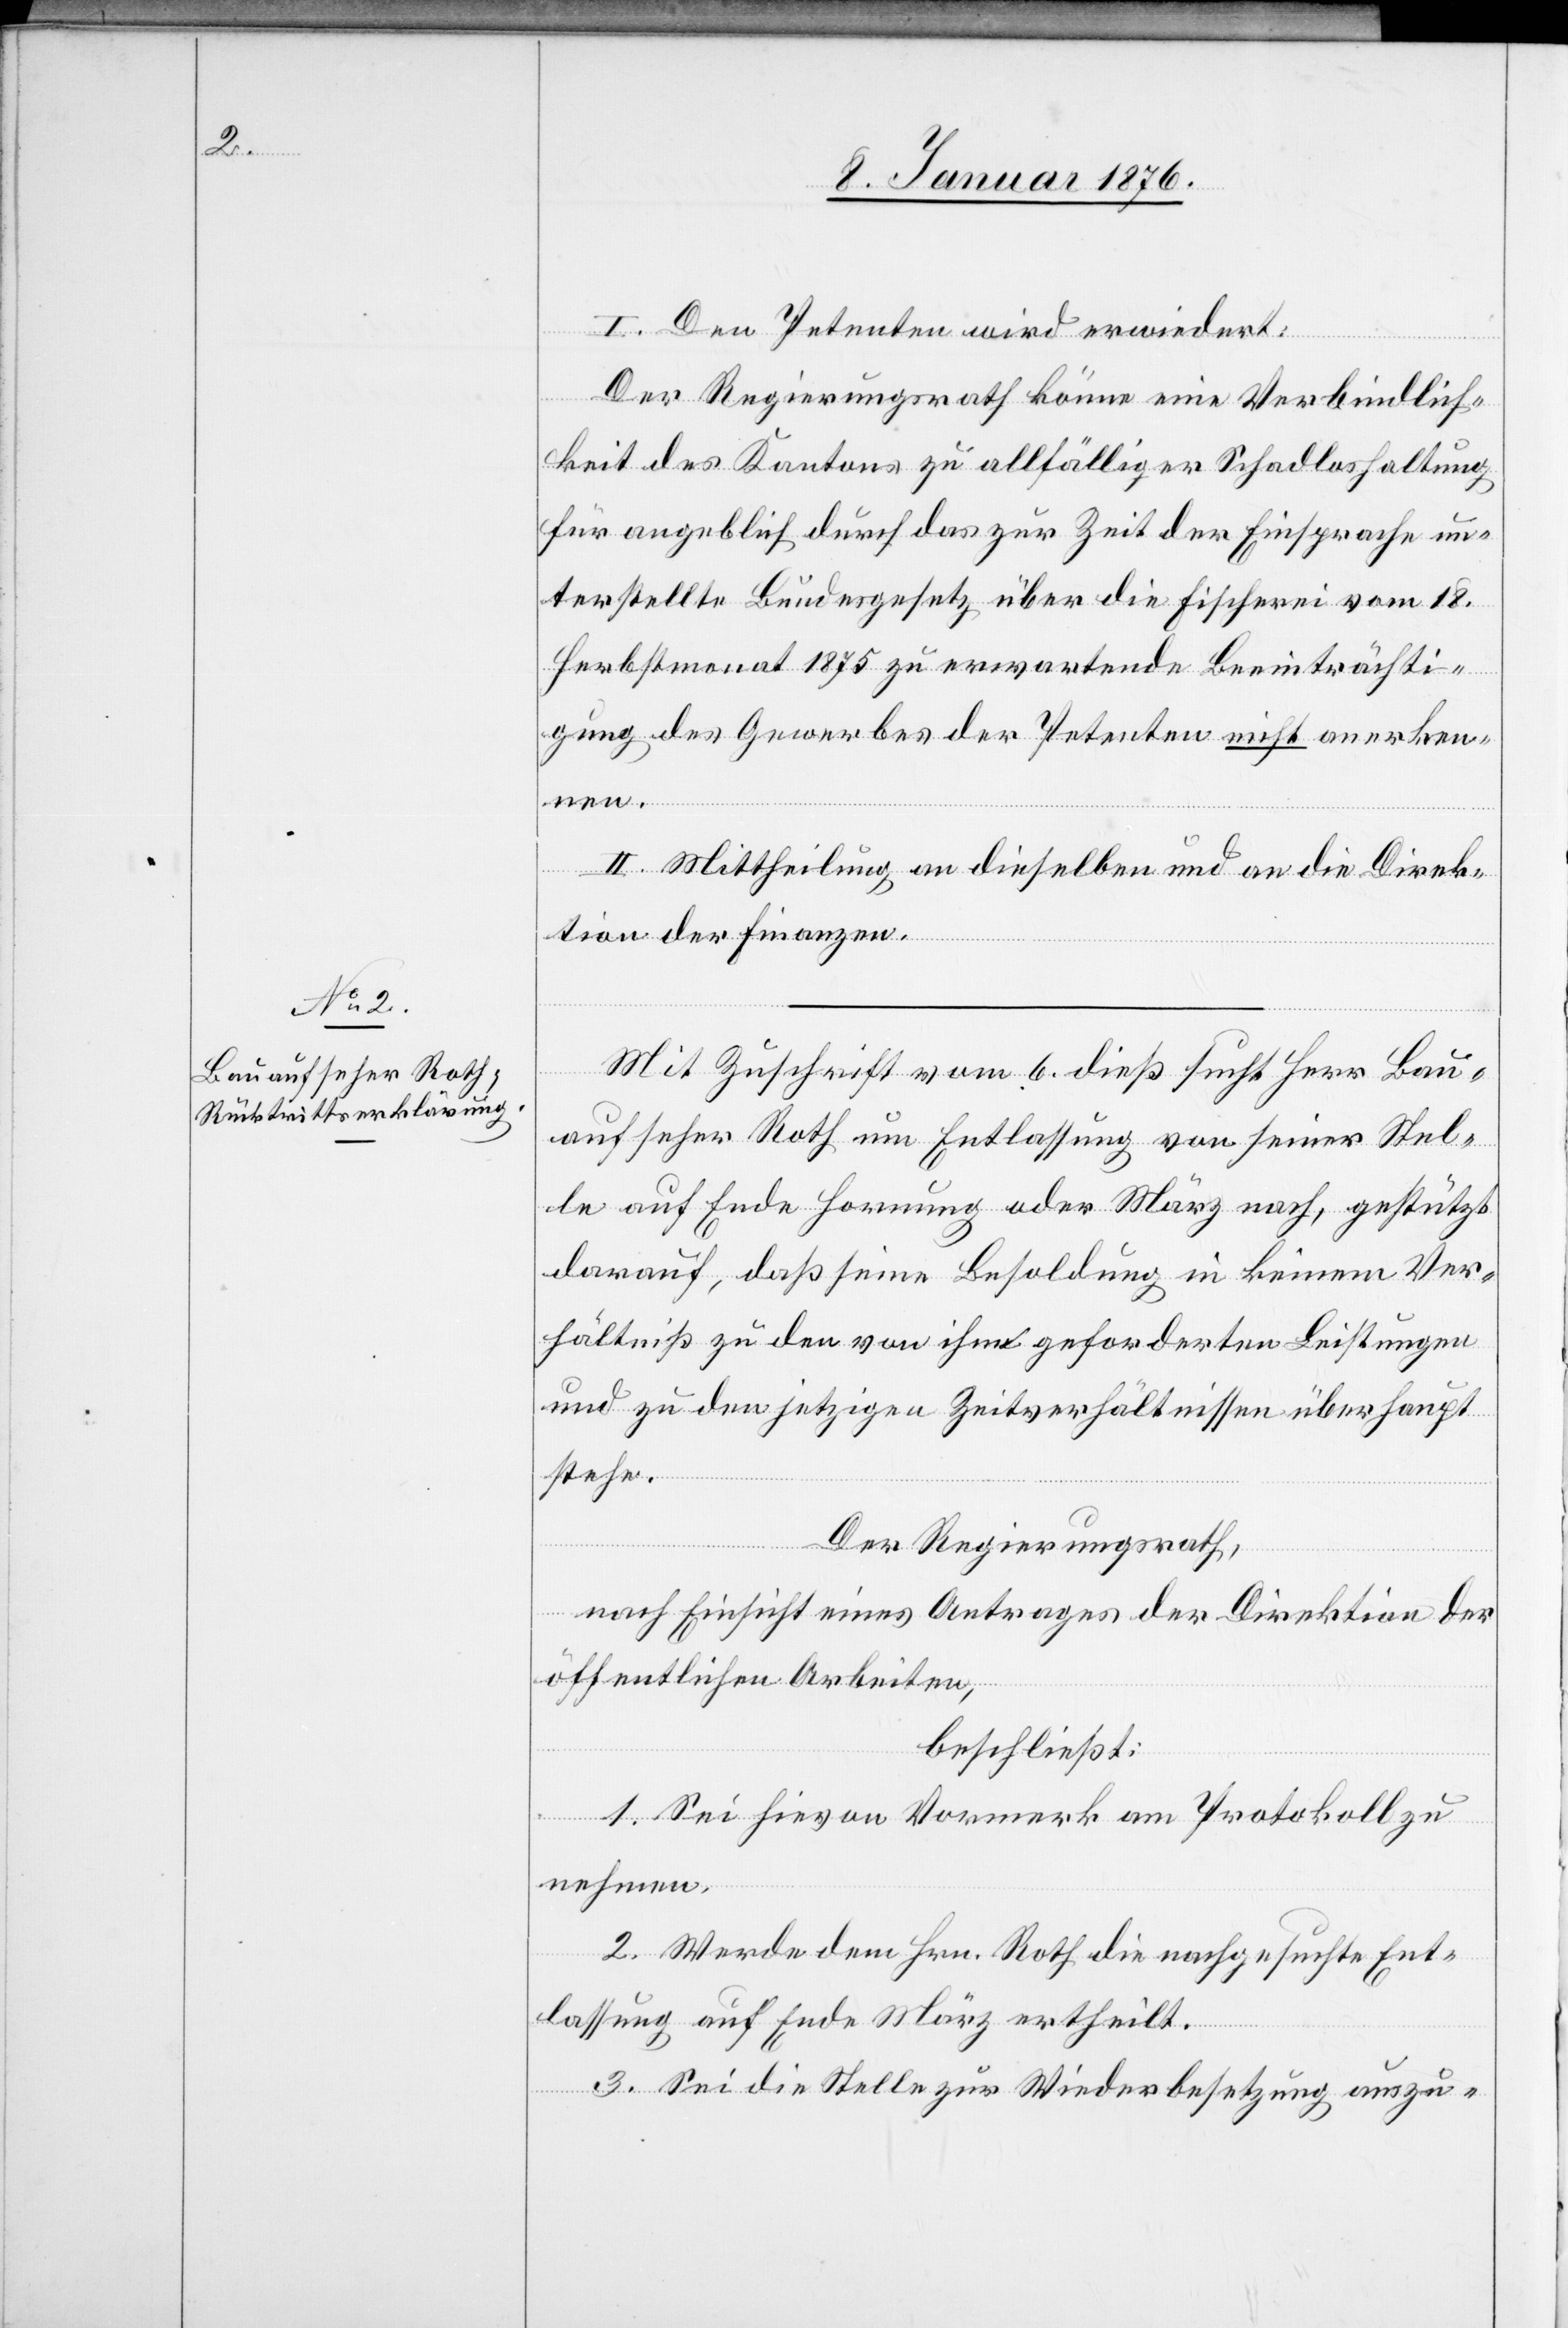
I. Den Petenten wird erwiedert:
Der Regierungsrath könne eine Verbindlich¬
keit des Kantons zu allfälliger Schadloshaltung
für angeblich durch das zur Zeit der Einsprachen un¬
terstellte Bundesgesetz über die Fischerei vom 18.
Herbstmonat 1875 zu erwartende Beeinträchti¬
gung des Gewerbes der Petenten nicht anerken¬
nen.
II. Mittheilung an dieselben und an die Direk¬
tion der Finanzen.
Mit Zuschrift vom 6. dieß sucht Herr Bau¬
aufseher Roth um Entlassung von seiner Stel¬
le auf Ende Hornung oder März nach, gestützt
darauf, daß seine Besoldung in keinem Ver¬
hältniß zu den von ihm geforderten Leistungen
und zu den jetzigen Zeitverhältnissen überhaupt
stehe.
Der Regierungsrath,
nach Einsicht eines Antrages der Direktion der
öffentlichen Arbeiten,
beschließt:
1. Sei hievon Vormerk am Protokoll zu
nehmen.
2. Werde dem Hrn. Roth die nachgesuchte Ent¬
lassung auf Ende März ertheilt.
3. Sei die Stelle zur Wiederbesetzung auszu-